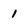
Character: 1